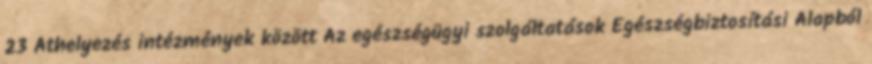
23 Áthelyezés intézmények között Az egészségügyi szolgáltatások Egészségbiztosítási Alapból